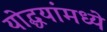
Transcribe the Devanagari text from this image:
योद्धयांमध्ये